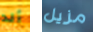
ألد مزيل